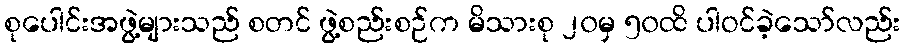
စုပေါင်းအဖွဲ့များသည် စတင် ဖွဲ့စည်းစဉ်က မိသားစု ၂၀မှ ၅၀ထိ ပါဝင်ခဲ့သော်လည်း